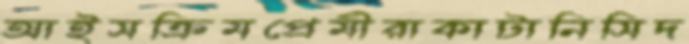
আইসক্রিমপ্রেমীরাকাটানিসিদ